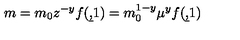
m = m _ { 0 } z ^ { - y } f ( \b , 1 ) = m _ { 0 } ^ { 1 - y } \mu ^ { y } f ( \b , 1 )